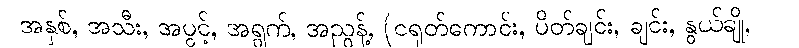
အနှစ်, အသီး, အပွင့်, အရွက်, အညွန့်, (ငရုတ်ကောင်း, ပိတ်ချင်း, ချင်း, နွယ်ချို,